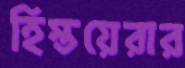
হিস্তয়েরার